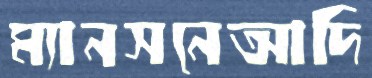
ম্যানসনেআদি